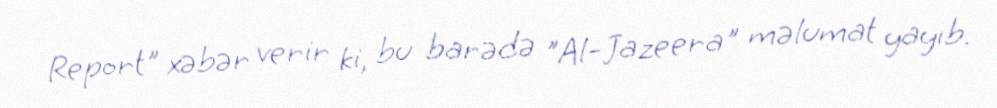
Report" xəbər verir ki, bu barədə "Al-Jazeera" məlumat yayıb.